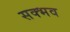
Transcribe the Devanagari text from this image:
सक्भव